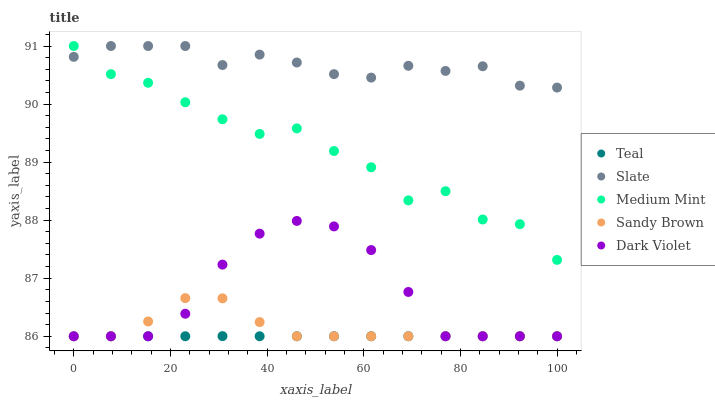
| xaxis_label | Teal | Slate | Medium Mint | Sandy Brown | Dark Violet |
 | --- | --- | --- | --- | --- | --- |
 | 0 | 86 | 90.8 | 91 | 86 | 86 |
 | 7.69 | 86 | 91 | 90.5 | 86 | 86 |
 | 15.4 | 86 | 91 | 90.4 | 86.3 | 86 |
 | 23.1 | 86 | 91 | 90 | 86.7 | 86.4 |
 | 30.8 | 86 | 90.7 | 89.7 | 86.7 | 87.2 |
 | 38.5 | 86 | 90.9 | 89.5 | 86.2 | 87.8 |
 | 46.2 | 86 | 90.7 | 89.6 | 86 | 88 |
 | 53.8 | 86 | 90.5 | 89.2 | 86 | 87.9 |
 | 61.5 | 86 | 90.5 | 88.9 | 86 | 87.5 |
 | 69.2 | 86 | 90.7 | 88.3 | 86 | 86.8 |
 | 76.9 | 86 | 90.6 | 88.5 | 86 | 86 |
 | 84.6 | 86 | 90.7 | 88 | 86 | 86 |
 | 92.3 | 86 | 90.3 | 87.9 | 86 | 86 |
 | 100 | 86 | 90.3 | 87.3 | 86 | 86 |